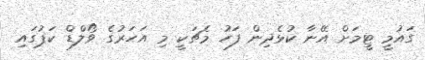
ގައުމީ ޓީމަށް އޭނާ ކުޅެދިން ފަހު މެޗަކީ މި އަހަރުގެ ވޯލްޑް ކަޕުގައި